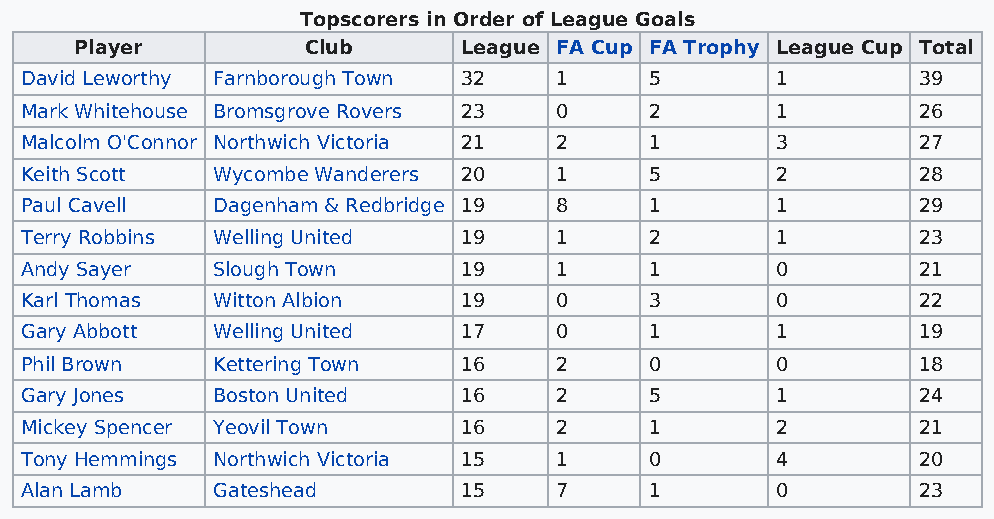
Topscorers in Order of League Goals
 Player         Club       League FA Cup FA Trophy League Cup Total
 David Leworthy Farnborough Town 32  1     5       1         39
 Mark Whitehouse Bromsgrove Rovers 23 0    2       1         26
 Malcolm O'Connor Northwich Victoria 21 2  1       3         27
 Keith Scott  Wycombe Wanderers 20   1     5       2         28
 Paul Cavell  Dagenham & Redbridge 19 8    1       1         29
 Terry Robbins Welling United  19    1     2       1         23
 Andy Sayer   Slough Town      19    1     1       0         21
 Karl Thomas  Witton Albion    19    0     3       0         22
 Gary Abbott  Welling United   17    0     1       1         19
 Phil Brown   Kettering Town   16    2     0       0         18
 Gary Jones   Boston United    16    2     5       1         24
 Mickey Spencer Yeovil Town    16    2     1       2         21
 Tony Hemmings Northwich Victoria 15 1     0       4         20
 Alan Lamb    Gateshead        15    7     1       0         23